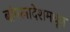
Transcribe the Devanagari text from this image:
बांगलादेशमधून